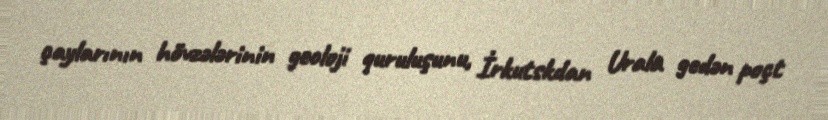
çaylarının hövzələrinin geoloji quruluşunu, İrkutskdan Urala gedən poçt